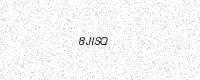
Text: 8JISQ